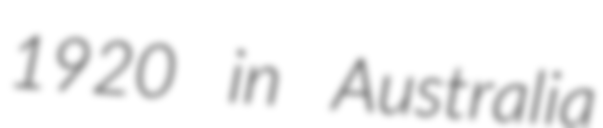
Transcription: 1920 in Australia